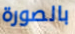
بالصورة